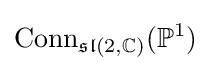
{\text{Conn}}_{{\mathfrak {sl}}(2,\mathbb {C} )}(\mathbb {P} ^{1})